Indian journal of veterinary science and animal husbandry - Volume 10,
Year: 1940
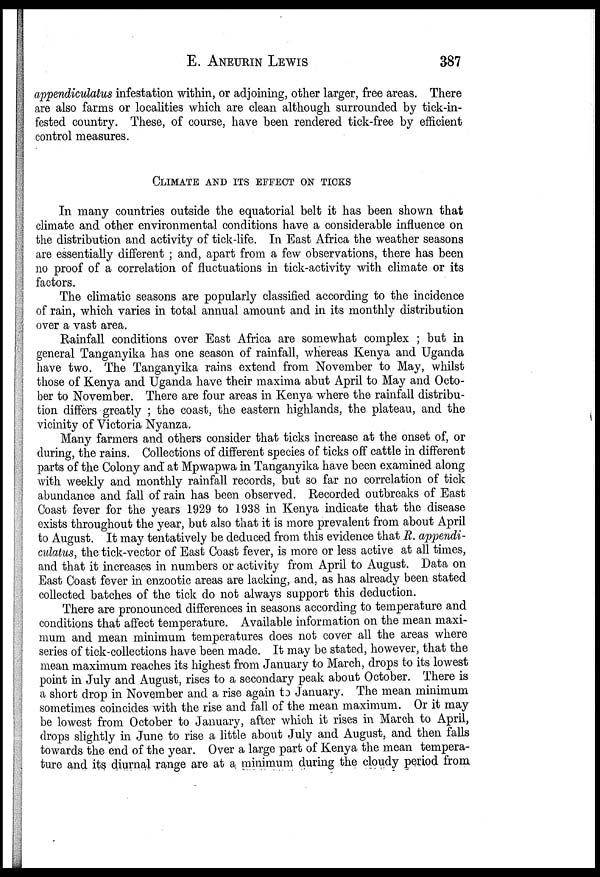
E.
ANEURIN
LEWIS
387
appendiculatus infestation within, or adjoining, other larger, free areas. There
are also farms or localities which are clean although surrounded by tick-in-
fested country. These, of course, have been rendered tick-free by efficient
control measures.
CLIMATE AND ITS EFFECT ON TICKS
In many countries outside the equatorial belt it has been shown that
climate and other environmental conditions have a considerable influence on
the distribution and activity of tick-life. In East Africa the weather seasons
are essentially different ; and, apart from a few observations, there has been
no proof of a correlation of fluctuations in tick-activity with climate or its
factors.
The climatic seasons are popularly classified according to the incidence
of rain, which varies in total annual amount and in its monthly distribution
over a vast area.
Rainfall conditions over East Africa are somewhat complex ; but in
general Tanganyika has one season of rainfall, whereas Kenya and Uganda
have two. The Tanganyika rains extend from November to May, whilst
those of Kenya and Uganda have their maxima abut April to May and Octo-
ber to November. There are four areas in Kenya where the rainfall distribu-
tion differs greatly ; the coast, the eastern highlands, the plateau, and the
vicinity of Victoria Nyanza.
Many farmers and others consider that ticks increase at the onset of, or
during, the rains. Collections of different species of ticks off cattle in different
parts of the Colony and at Mpwapwa in Tanganyika have been examined along
with weekly and monthly rainfall records, but so far no correlation of tick
abundance and fall of rain has been observed. Recorded outbreaks of East
Coast fever for the years 1929 to 1938 in Kenya indicate that the disease
exists throughout the year, but also that it is more prevalent from about April
to August. It may tentatively be deduced from this evidence that R. appendi-
culatus, the tick-vector of East Coast fever, is more or less active at all times,
and that it increases in numbers or activity from April to August. Data on
East Coast fever in enzootic areas are lacking, and, as has already been stated
collected batches of the tick do not always support this deduction.
There are pronounced differences in seasons according to temperature and
conditions that affect temperature. Available information on the mean maxi-
mum and mean minimum temperatures does not cover all the areas where
series of tick-collections have been made. It may be stated, however, that the
mean maximum reaches its highest from January to March, drops to its lowest
point in July and August, rises to a secondary peak about October. There is
a short drop in November and a rise again to January. The mean minimum
sometimes coincides with the rise and fall of the mean maximum. Or it may
be lowest from October to January, after which it rises in March to April,
drops slightly in June to rise a little about July and August, and then falls
towards the end of the year. Over a large part of Kenya the mean tempera-
ture and its diurnal range are at a minimum during the cloudy period from